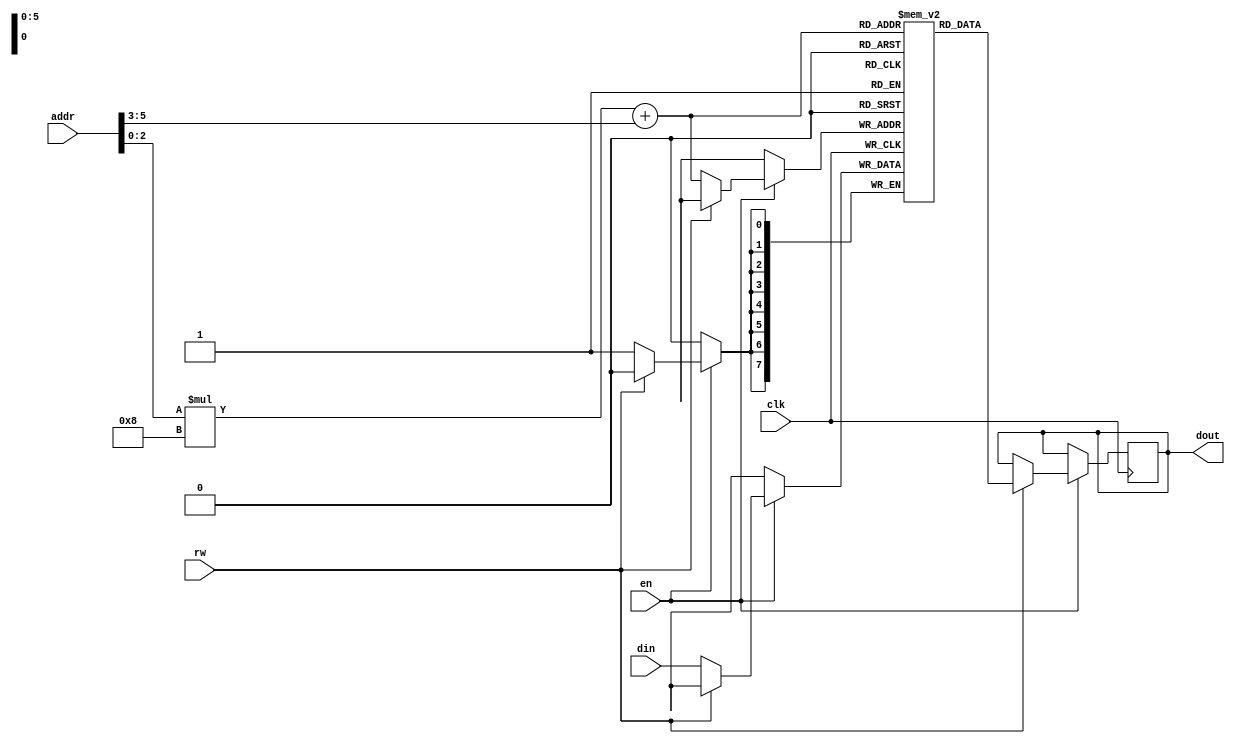
module sram (
    input wire clk,
    input wire rw,
    input wire en,
    input wire [7:0] addr,
    input wire [7:0] din,
    output reg [7:0] dout
);

parameter ROW_ADDR_BITS = 3;
parameter COL_ADDR_BITS = 3;
parameter NUM_ROWS = 2**ROW_ADDR_BITS;
parameter NUM_COLS = 2**COL_ADDR_BITS;

reg [7:0] mem [0:NUM_ROWS-1][0:NUM_COLS-1];

always @(posedge clk) begin
    if (en) begin
        if (rw) begin
            dout <= mem[addr[ROW_ADDR_BITS-1:0]][addr[ROW_ADDR_BITS+COL_ADDR_BITS-1:ROW_ADDR_BITS]];
        end else begin
            mem[addr[ROW_ADDR_BITS-1:0]][addr[ROW_ADDR_BITS+COL_ADDR_BITS-1:ROW_ADDR_BITS]] <= din;
        end
    end
end

endmodule